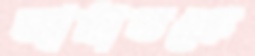
জামাতকে